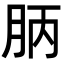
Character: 𣍪